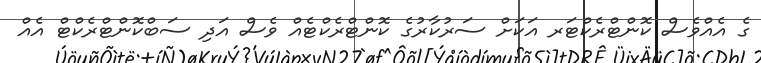
ގެ އެއްވެސް ކޮންޓްރެކްޓަރ އަކަށް ސަރުކާރުގެ ކޮންޓްރެކްޓެއް ވެސް އަދި ސަބްކޮންޓްރެކްޓް އެއް